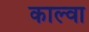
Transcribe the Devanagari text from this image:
काल्वा